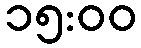
၁၅:၀၀